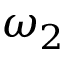
\omega _ { 2 }